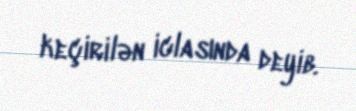
keçirilən iclasında deyib.